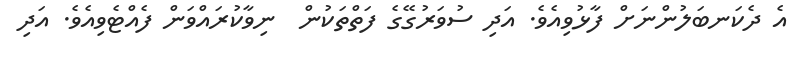
އެ ދެކަނބަލުންނަށް ފާޅުވިއެވެ. އަދި ސުވަރުގޭގެ ފަތްތަކުން  ނިވާކުރައްވަން ފެއްޓެވިއެވެ. އަދި